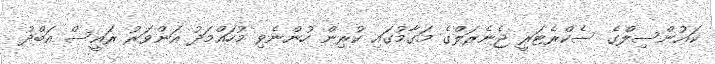
ކައުންސިލްގެ ސެކްރެޓަރީ ޖެނެރަލްގެ މަގާމުގައި ކުރިން ހުންނެވި މުހައްމަދު އަންވަރު ރައީސް އަބްދު